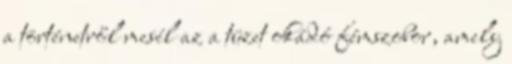
a történetről mesél az a tüzet okádó fémszobor, amely